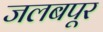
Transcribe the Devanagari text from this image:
जलबपूर